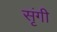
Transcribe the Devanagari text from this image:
सृंगी